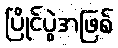
ပြိုင်ပွဲအဖြစ်